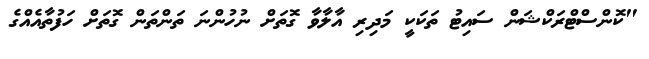
"ކޮންސްޓްރަކްޝަން ސައިޓު ތަކަކީ މަދިރި އާލާވާ ގޮތަށް ނުހުންނަ ތަންތަން ގޮތަށް ހަފުތާއެއްގެ